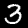
Label: 3